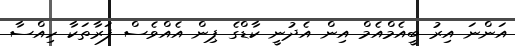
އަންނަ އިރު ބީއެމްއެމް އިން އެދުނީ ކާޑްގެ ޕިން އެއްވެސް ފަރާތަކާ ހިއްސާ